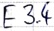
Text: E3.4